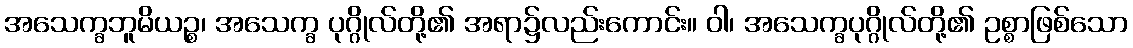
အသေက္ခဘူမိယဉ္စ၊ အသေက္ခ ပုဂ္ဂိုလ်တို့၏ အရာ၌လည်းကောင်း။ ဝါ၊ အသေက္ခပုဂ္ဂိုလ်တို့၏ ဥစ္စာဖြစ်သော